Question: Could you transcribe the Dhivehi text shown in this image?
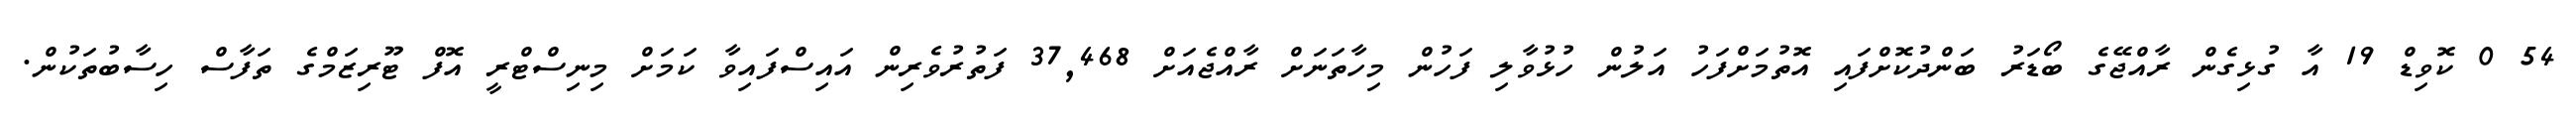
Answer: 54 0 ކޮވިޑް 19 އާ ގުޅިގެން ރާއްޖޭގެ ބޯޑަރު ބަންދުކޮށްފައި އޮތުމަށްފަހު އަލުން ހުޅުވާލި ފަހުން މިހާތަނަށް ރާއްޖެއަށް 37,468 ފަތުރުވެރިން އައިސްފައިވާ ކަމަށް މިނިސްޓްރީ އޮފް ޓޫރިޒަމްގެ ތަފާސް ހިސާބުތަކުން.